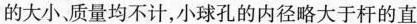
的大小、质量均不计，小球孔的内径略大于杆的直